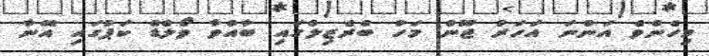
މިހެންވެ އަންނަ އަހަރު ޖޫން މަހު ބްރެޒިލްގައި ބާއްވާ ވޯލްޑް ކަޕުގައި އޭނާ